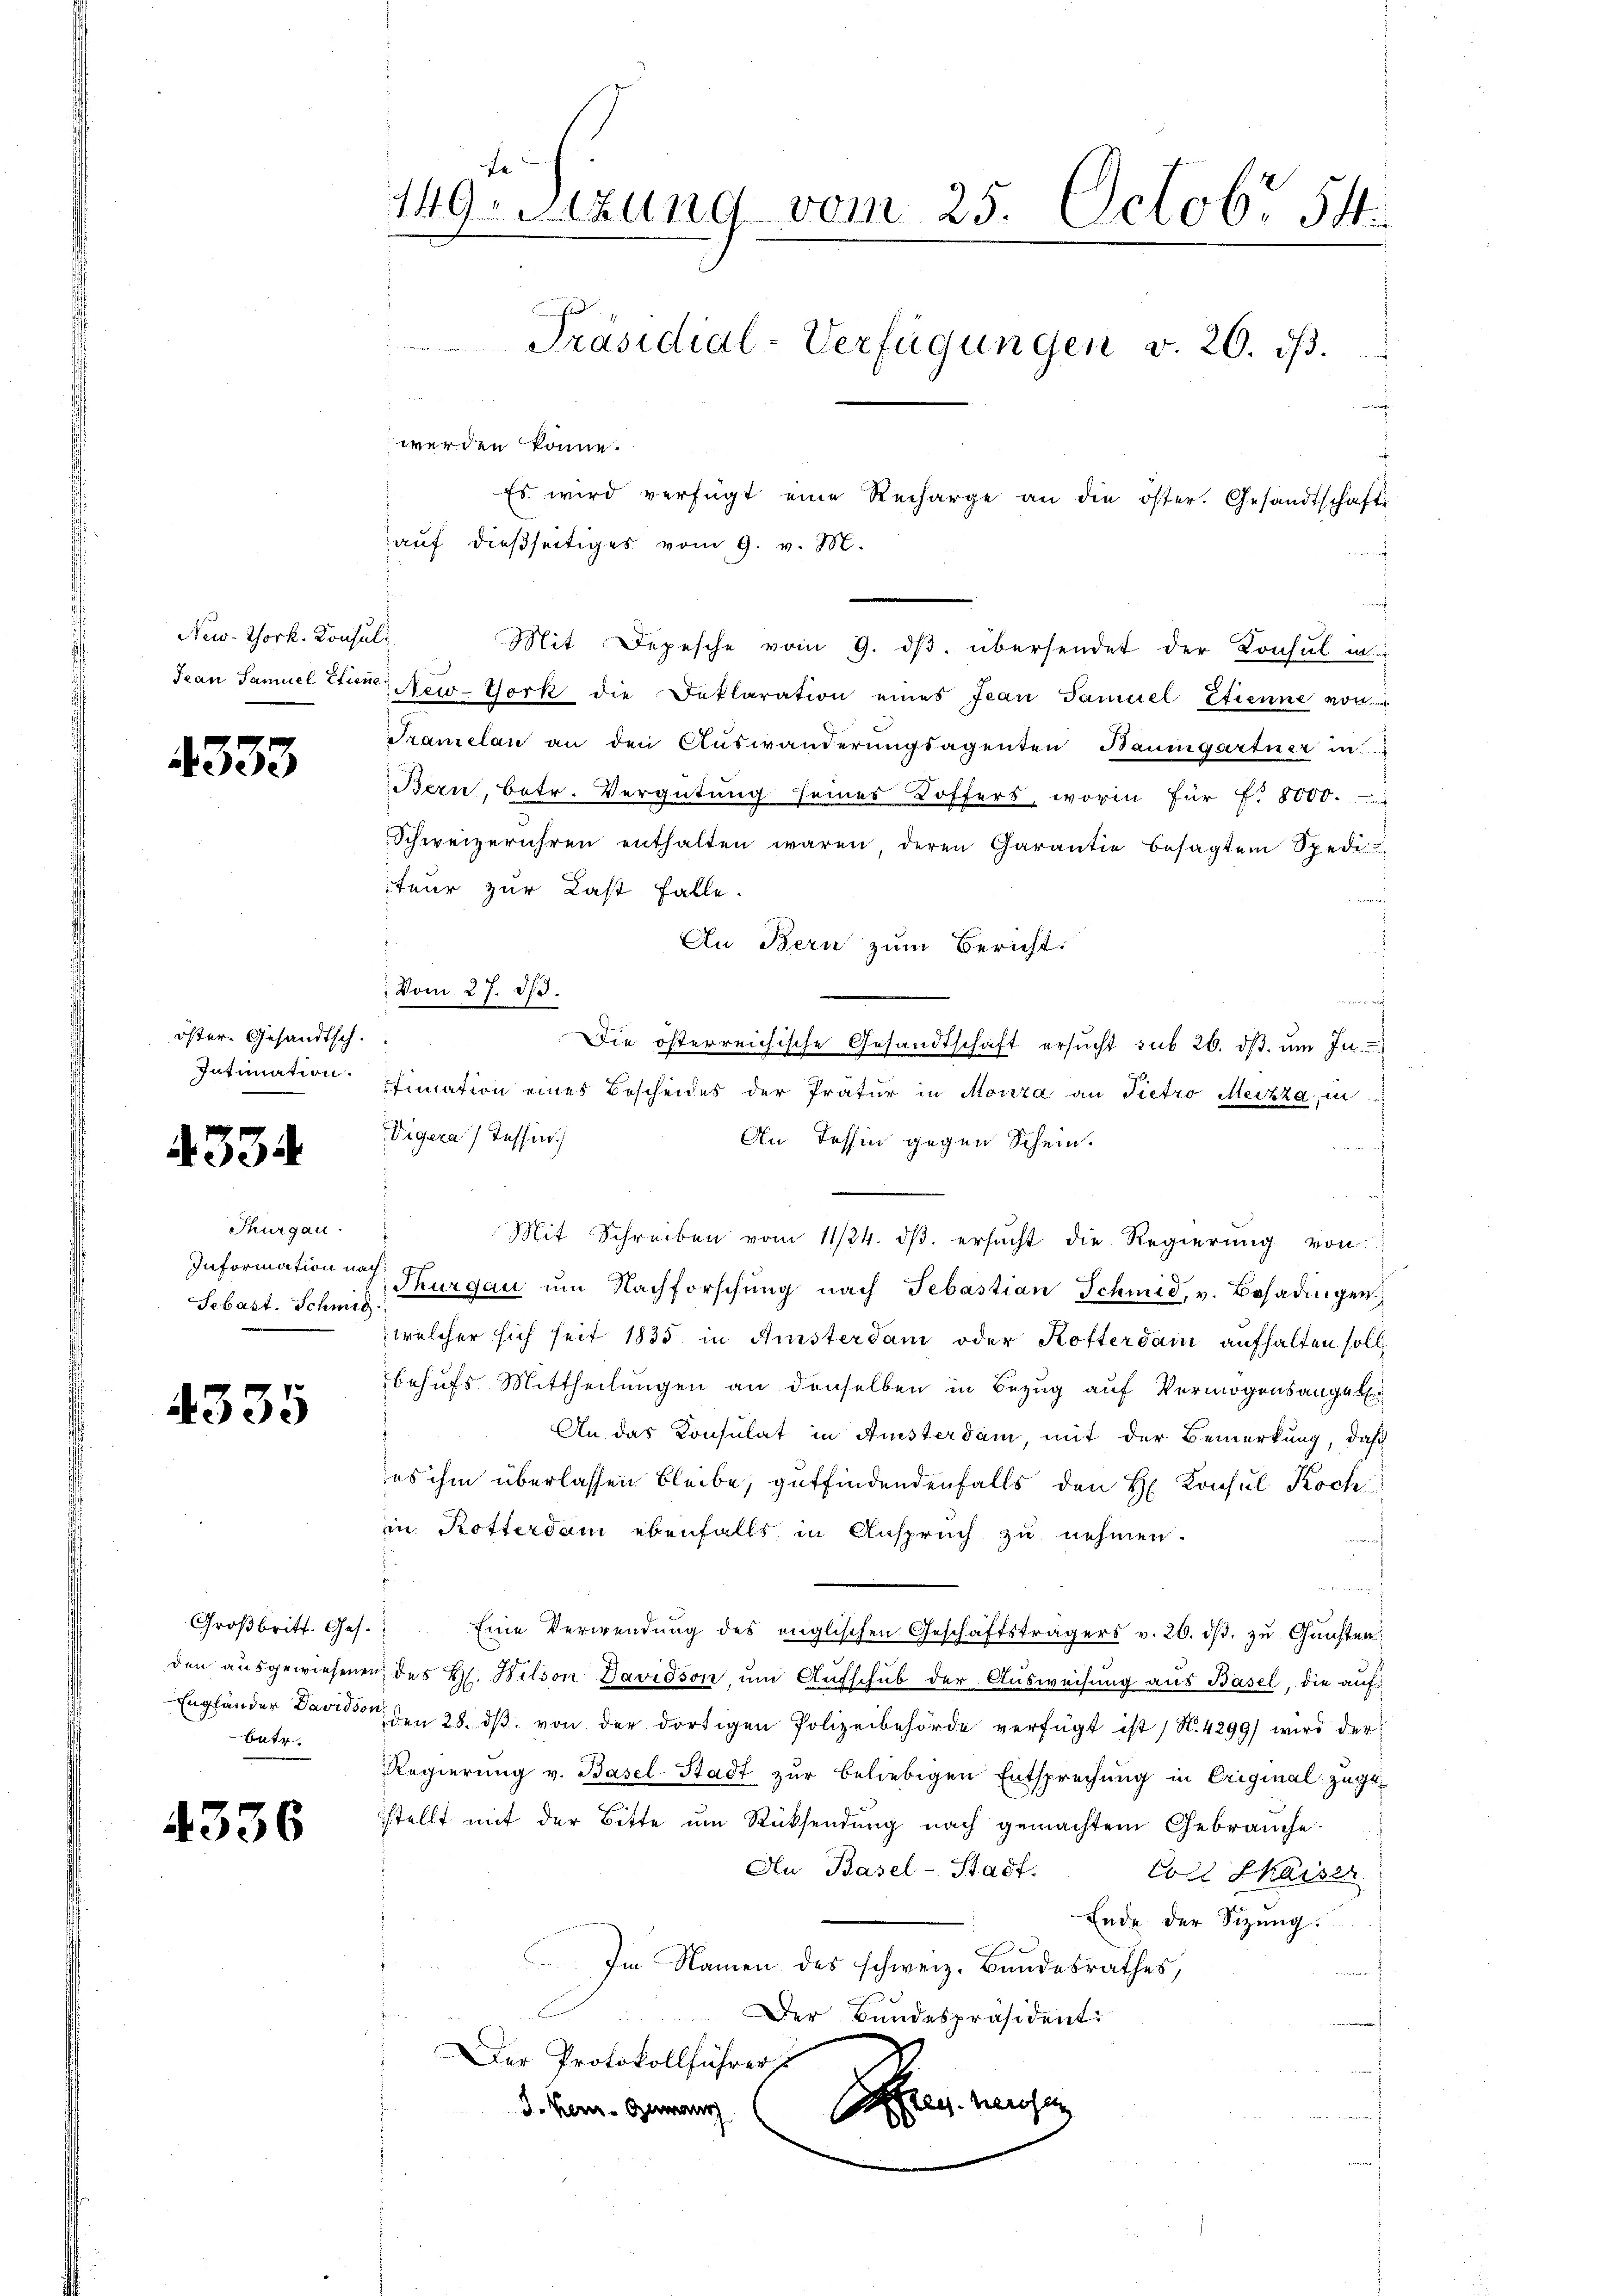
New-York. Konsul

4333

öster- Gesandtsch.
Intimation.

4334

Thurgau.
Sebast. Schmit

4335

bate

4336

r
Mit Depesche vom 9. dβ übersendet der Konsul in
Iran Samuel Etiene New-York die Deklaration eines Jean Samuel Etienne von
Sramelan an den Auswanderŭngsagenten Baumgartner i
Bern, betr. Vergütung seines Koffers, worin für f. 8000.
Schweizerühren enthalten waren deren Garantie besagtem Spedi
iteur zur Last falle.
f
An Bern zum Bericht.
d
Die österreichische Gesandtschaft ersŭcht sub 26. dβ ŭm In-
timation eines Bescheides der Prätur in Morza an Pietro Meizza, in
Vigeras Tessin.
An Tessin gegen Schein.
Mit Schreiben vom 11/24. dβ. ersŭcht die Regierung von
Information von Thurgau um Nachforschŭng nach Sebastian Schmid, v. Besadingen
welcher sich seit 1835 in Aisterdam oder Rotterdam aufhalten soll
behufs Mittheilungen an denselben in Bezug auf Vermögensangel
An das Konsulat in Ansterdam, mit der Bemerkung, daß
es ihm überlassen bleibe, gutfindendenfalls den H. Konsul Koch
in Rotterdam ebenfalls in Anspruch zu nehmen.
.
Groβbritt. Ges. Eine Verwendŭng des englischen Geschäftsträgers v. 26. dβ zŭ Gŭnsten:
den aŭsgewiesenen des Hl. Wilson Davidson, ŭm Aŭfschub der Ausweisung aus Basel, die auf:
Engländer David den 28. dβ von der dortigen Polizeibehörde verfügt ist / N. 4299) wird der
Regierung v. Basel-Stadt zur beliebigen Entsprechung in Original zugestellt mit der Bitte um Rücksendung nach gemachtem Gebrauche.
Au Basel-Stadt.
Coll Kaiser
Ende der Sitzung.
Im Namen des schweiz. Bundesrathes,
Der Bundespräsident.
Der Protokollführer s
d
3. Jan. Gewang (frey herosen

149 setzung vom 25. Octobr 54
Präsidial-Verfügungen v. 20. dβ.
e
e
werden könne.
Es wird verfügt eine Recharge an die öster. Gesandtschafti

: Vom 27. De

auf dießseitiges vom 9. v. M.